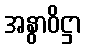
အနွာဝိဋ္ဌာ